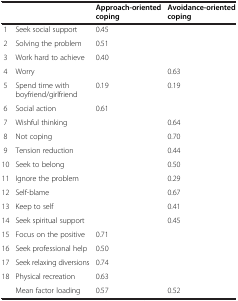
|  |  | Approach-oriented coping | Avoidance-oriented coping |
 | --- | --- | --- | --- |
 | 1 | Seek social support | 0.45 |  |
 | 2 | Solving the problem | 0.51 |  |
 | 3 | Work hard to achieve | 0.40 |  |
 | 4 | Worry |  | 0.63 |
 | 5 | Spend time with boyfriend/girlfriend | 0.19 | 0.19 |
 | 6 | Social action | 0.61 |  |
 | 7 | Wishful thinking |  | 0.64 |
 | 8 | Not coping |  | 0.70 |
 | 9 | Tension reduction |  | 0.44 |
 | 10 | Seek to belong |  | 0.50 |
 | 11 | Ignore the problem |  | 0.29 |
 | 12 | Self-blame |  | 0.67 |
 | 13 | Keep to self |  | 0.41 |
 | 14 | Seek spiritual support |  | 0.45 |
 | 15 | Focus on the positive | 0.71 |  |
 | 16 | Seek professional help | 0.50 |  |
 | 17 | Seek relaxing diversions | 0.74 |  |
 | 18 | Physical recreation | 0.63 |  |
 |  | Mean factor loading | 0.57 | 0.52 |